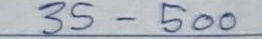
35 - 500